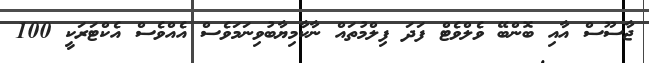
ޖާސޫސް އާއި ބޮންބޭ ވެލްވެޓް ފަދަ ފިލްމުތައް ނާކާމިޔާބުވިނަމަވެސް އެއްވެސް އެކްޓަރަކީ 100